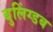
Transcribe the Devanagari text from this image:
बुलिंग्डब